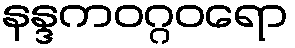
နန္ဒကဝဂ္ဂဝရော